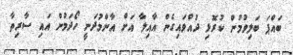
ބައްޕަ ބަލިވުމުން ކުރޮޅި ދުއްވައިގެން އާއިލާ އަށް އާންމުދަނީ ހޯދަމުން އައި ސާރިތާ